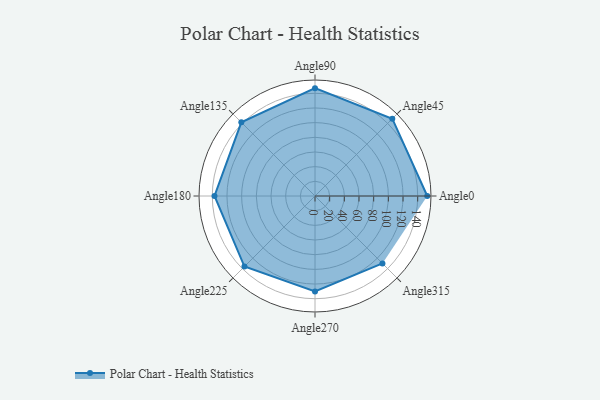
{"axis": {"x": "Angle", "y": "Radius"}, "legend": [""], "data": [{"x": "Angle0", "y": 153.0, "type": ""}, {"x": "Angle45", "y": 149.0, "type": ""}, {"x": "Angle90", "y": 147.0, "type": ""}, {"x": "Angle135", "y": 142.0, "type": ""}, {"x": "Angle180", "y": 137.0, "type": ""}, {"x": "Angle225", "y": 136.0, "type": ""}, {"x": "Angle270", "y": 130.0, "type": ""}, {"x": "Angle315", "y": 130.0, "type": ""}]}